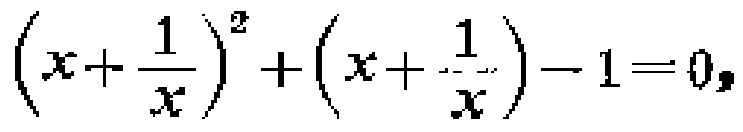
\(\left(x+\frac{1}{x}\right)^{2}+\left(x+\frac{1}{x}\right)-1 = 0\)